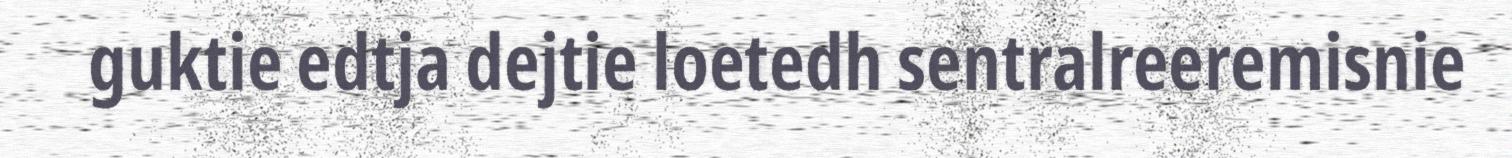
guktie edtja dejtie loetedh sentralreeremisnie